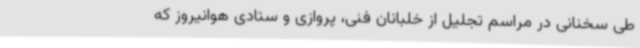
طی سخنانی در مراسم تجلیل از خلبانان فنی، پروازی و ستادی هوانیروز که